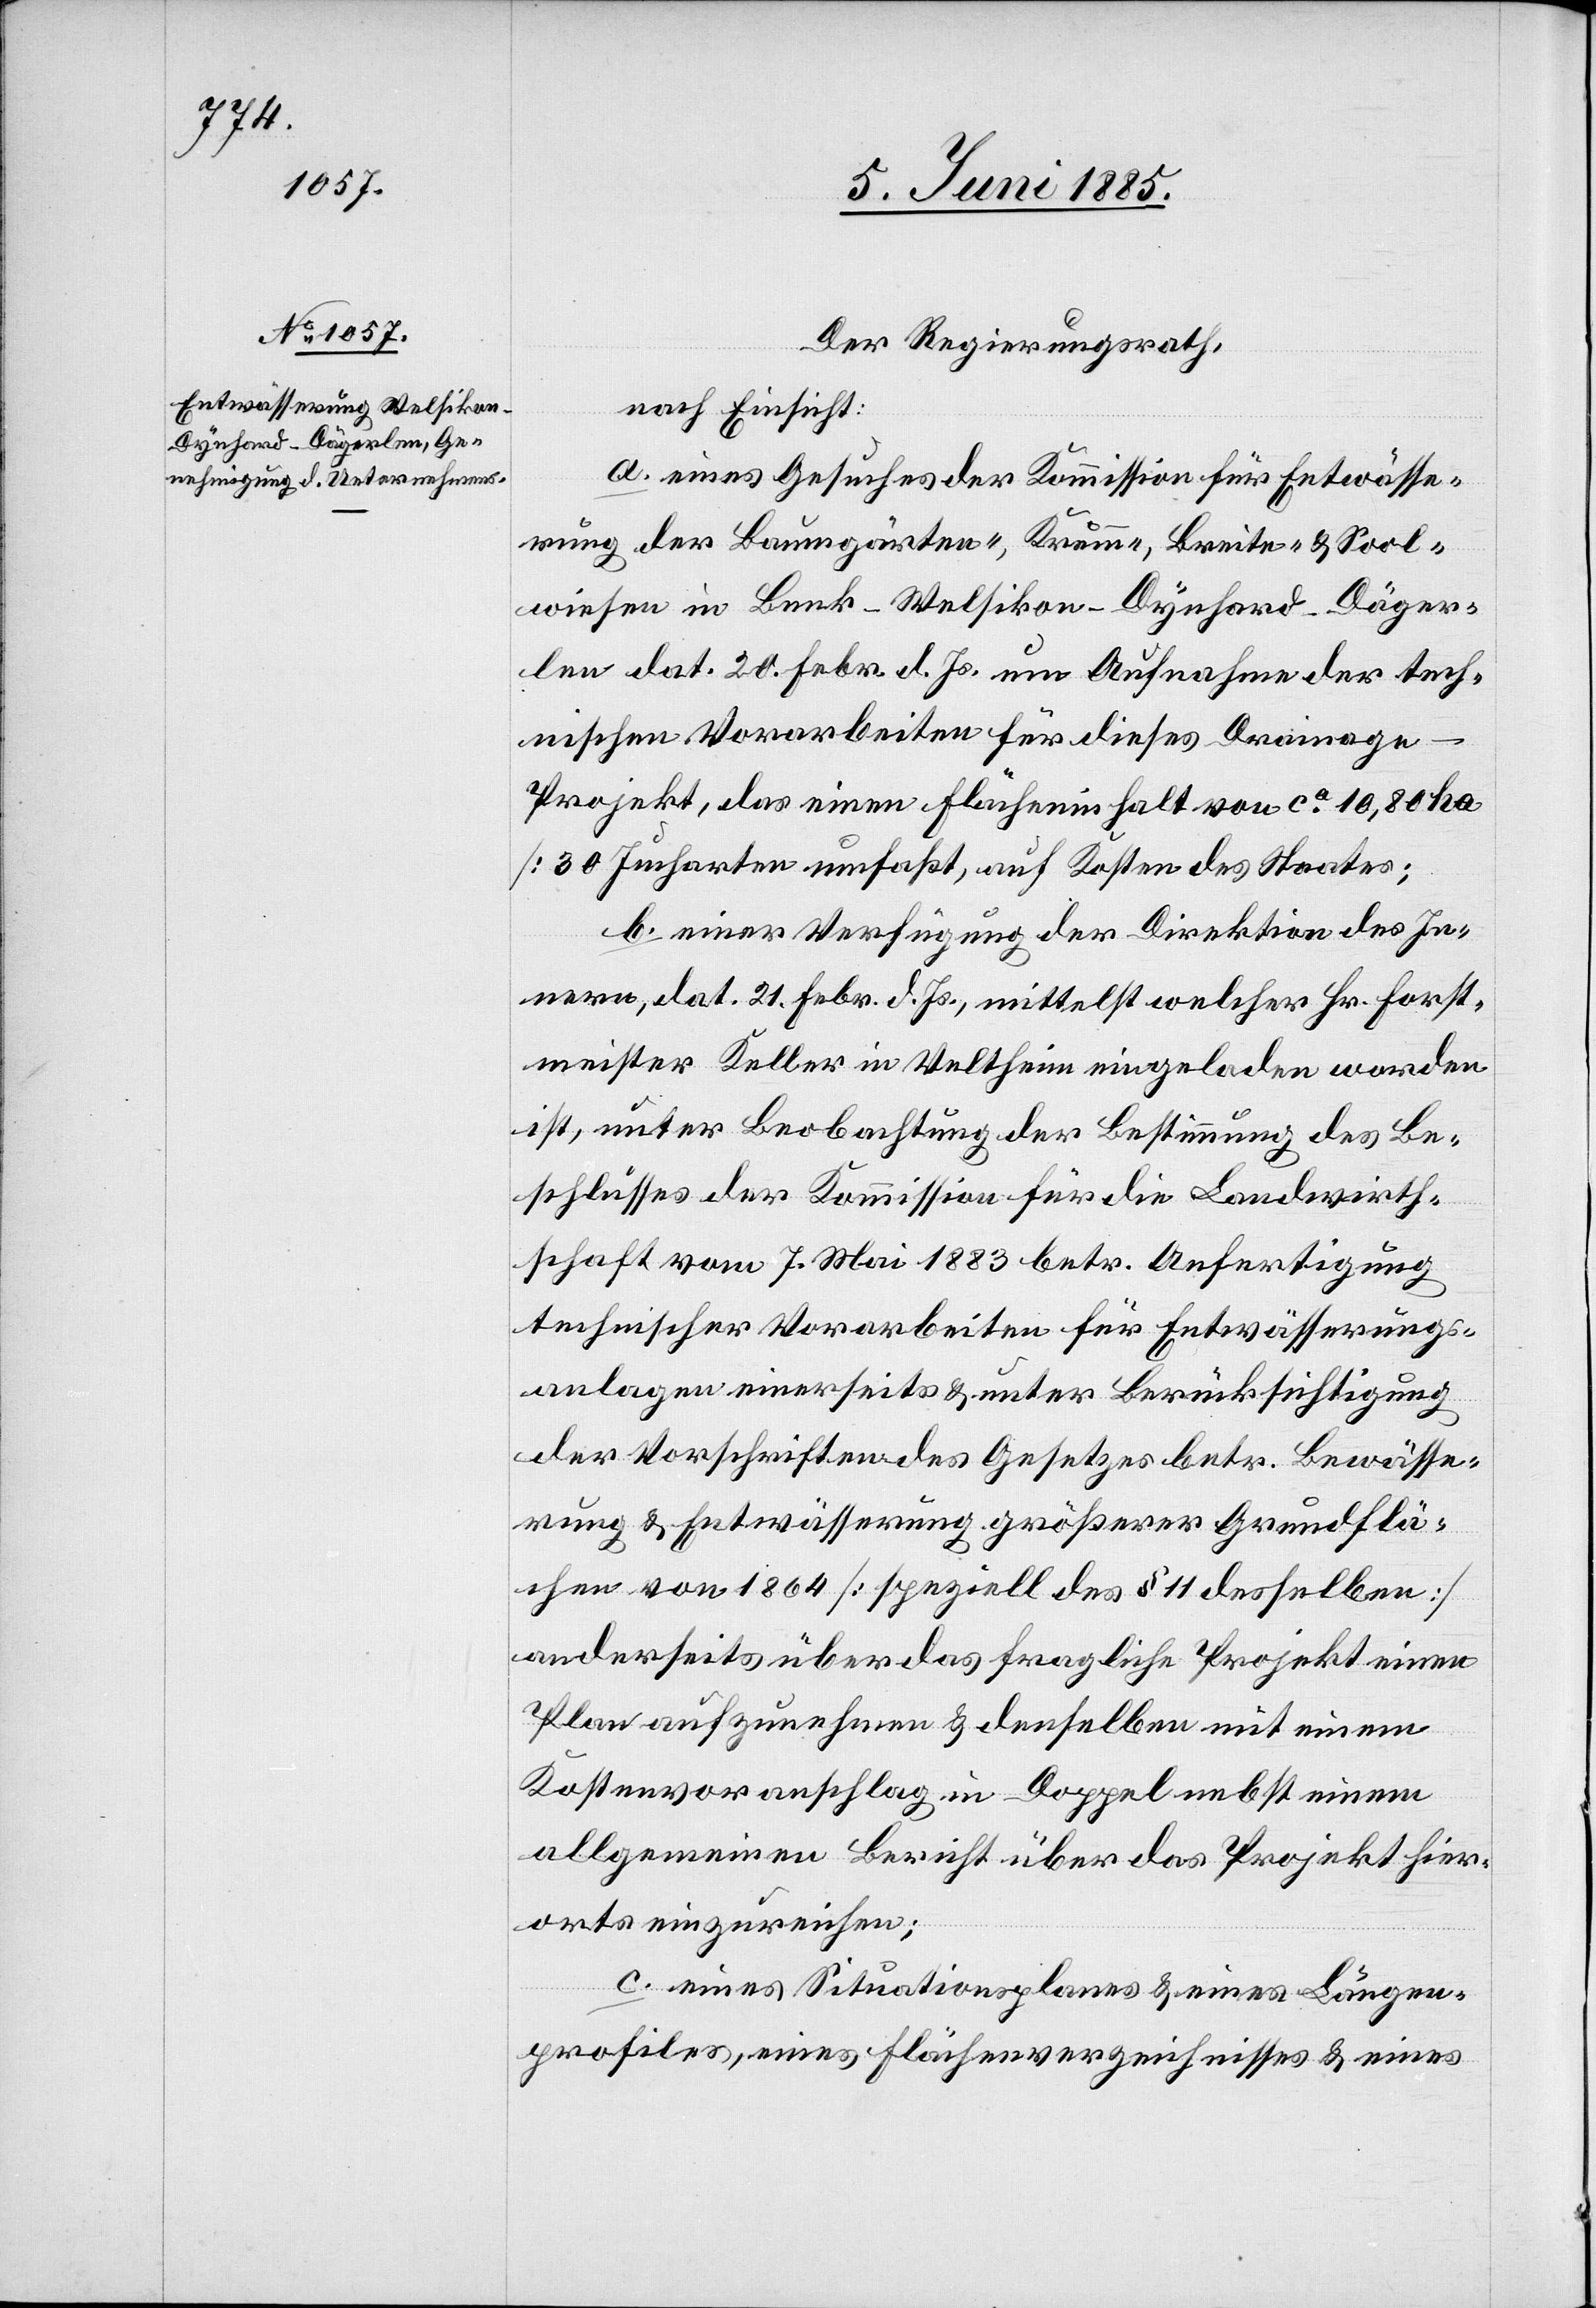
Der Regierungsrath,
nach Einsicht:
a. Eines Gesuches der Kommission für Entwässe¬
rung der Baumgärten-, Krumm-, Breite-, & Sool¬
wiesen in Benk - Welsikon - Dynhard - Däger¬
len dat. 20. Febr. d. Js. um Aufnahme der tech¬
nischen Vorarbeiten für dieses Drainag¬
e-Projekt, das einen Flächeninhalt von ca 10,80 ha
[30 Jucharten umfaßt, auf Kosten des Staates];
b. einer Verfügung der Direktion des In¬
nern, dat, 21. Febr. d. Js., mittelst welcher Hr. Forst¬
meister Keller in Veltheim eingeladen worden
ist, unter Beobachtung der Bestimmung des Be¬
schlusses der Kommission für die Landwirth¬
schaft vom 7. Mai 1883 betr. Anfertigung
technischer Vorarbeiten für Entwässerungs¬
anlagen einerseits & unter Berücksichtigung
der Vorschriften des Gesetzes betr. Bewässe¬
rung & Entwässerung größerer Grundflä¬
chen von 1864 [speziell des § 11 desselben]
anderseits über das fragliche Projekt einen
Plan aufzunehmen & denselben mit einem
Kostenvoranschlag im Doppel nebst einem
allgemeinen Bericht über das Projekt hier¬
orts einzureichen.
c. eines Situationsplanes & eines Längen¬
profiles, eines Flächenverzeichnisses & eines